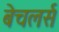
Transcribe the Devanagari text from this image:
बेचलर्स